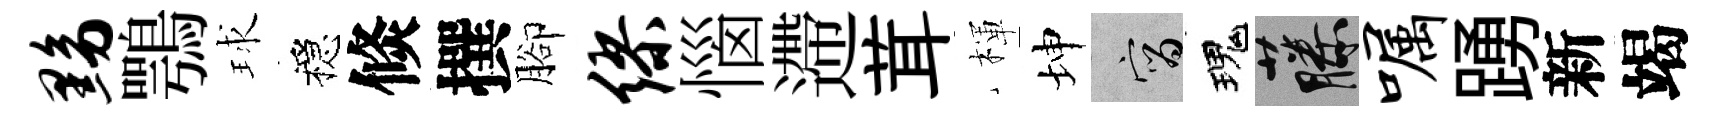
黝鶚球穩倐撰腳缪惱遰茸楎坤宵瑰藤嘱踴新竭